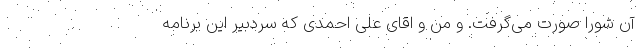
آن‌ شورا صورت می‌گرفت. و من و اقای علی احمدی که سردبیر این برنامه